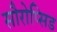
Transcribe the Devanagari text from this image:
सौरोप्सिड